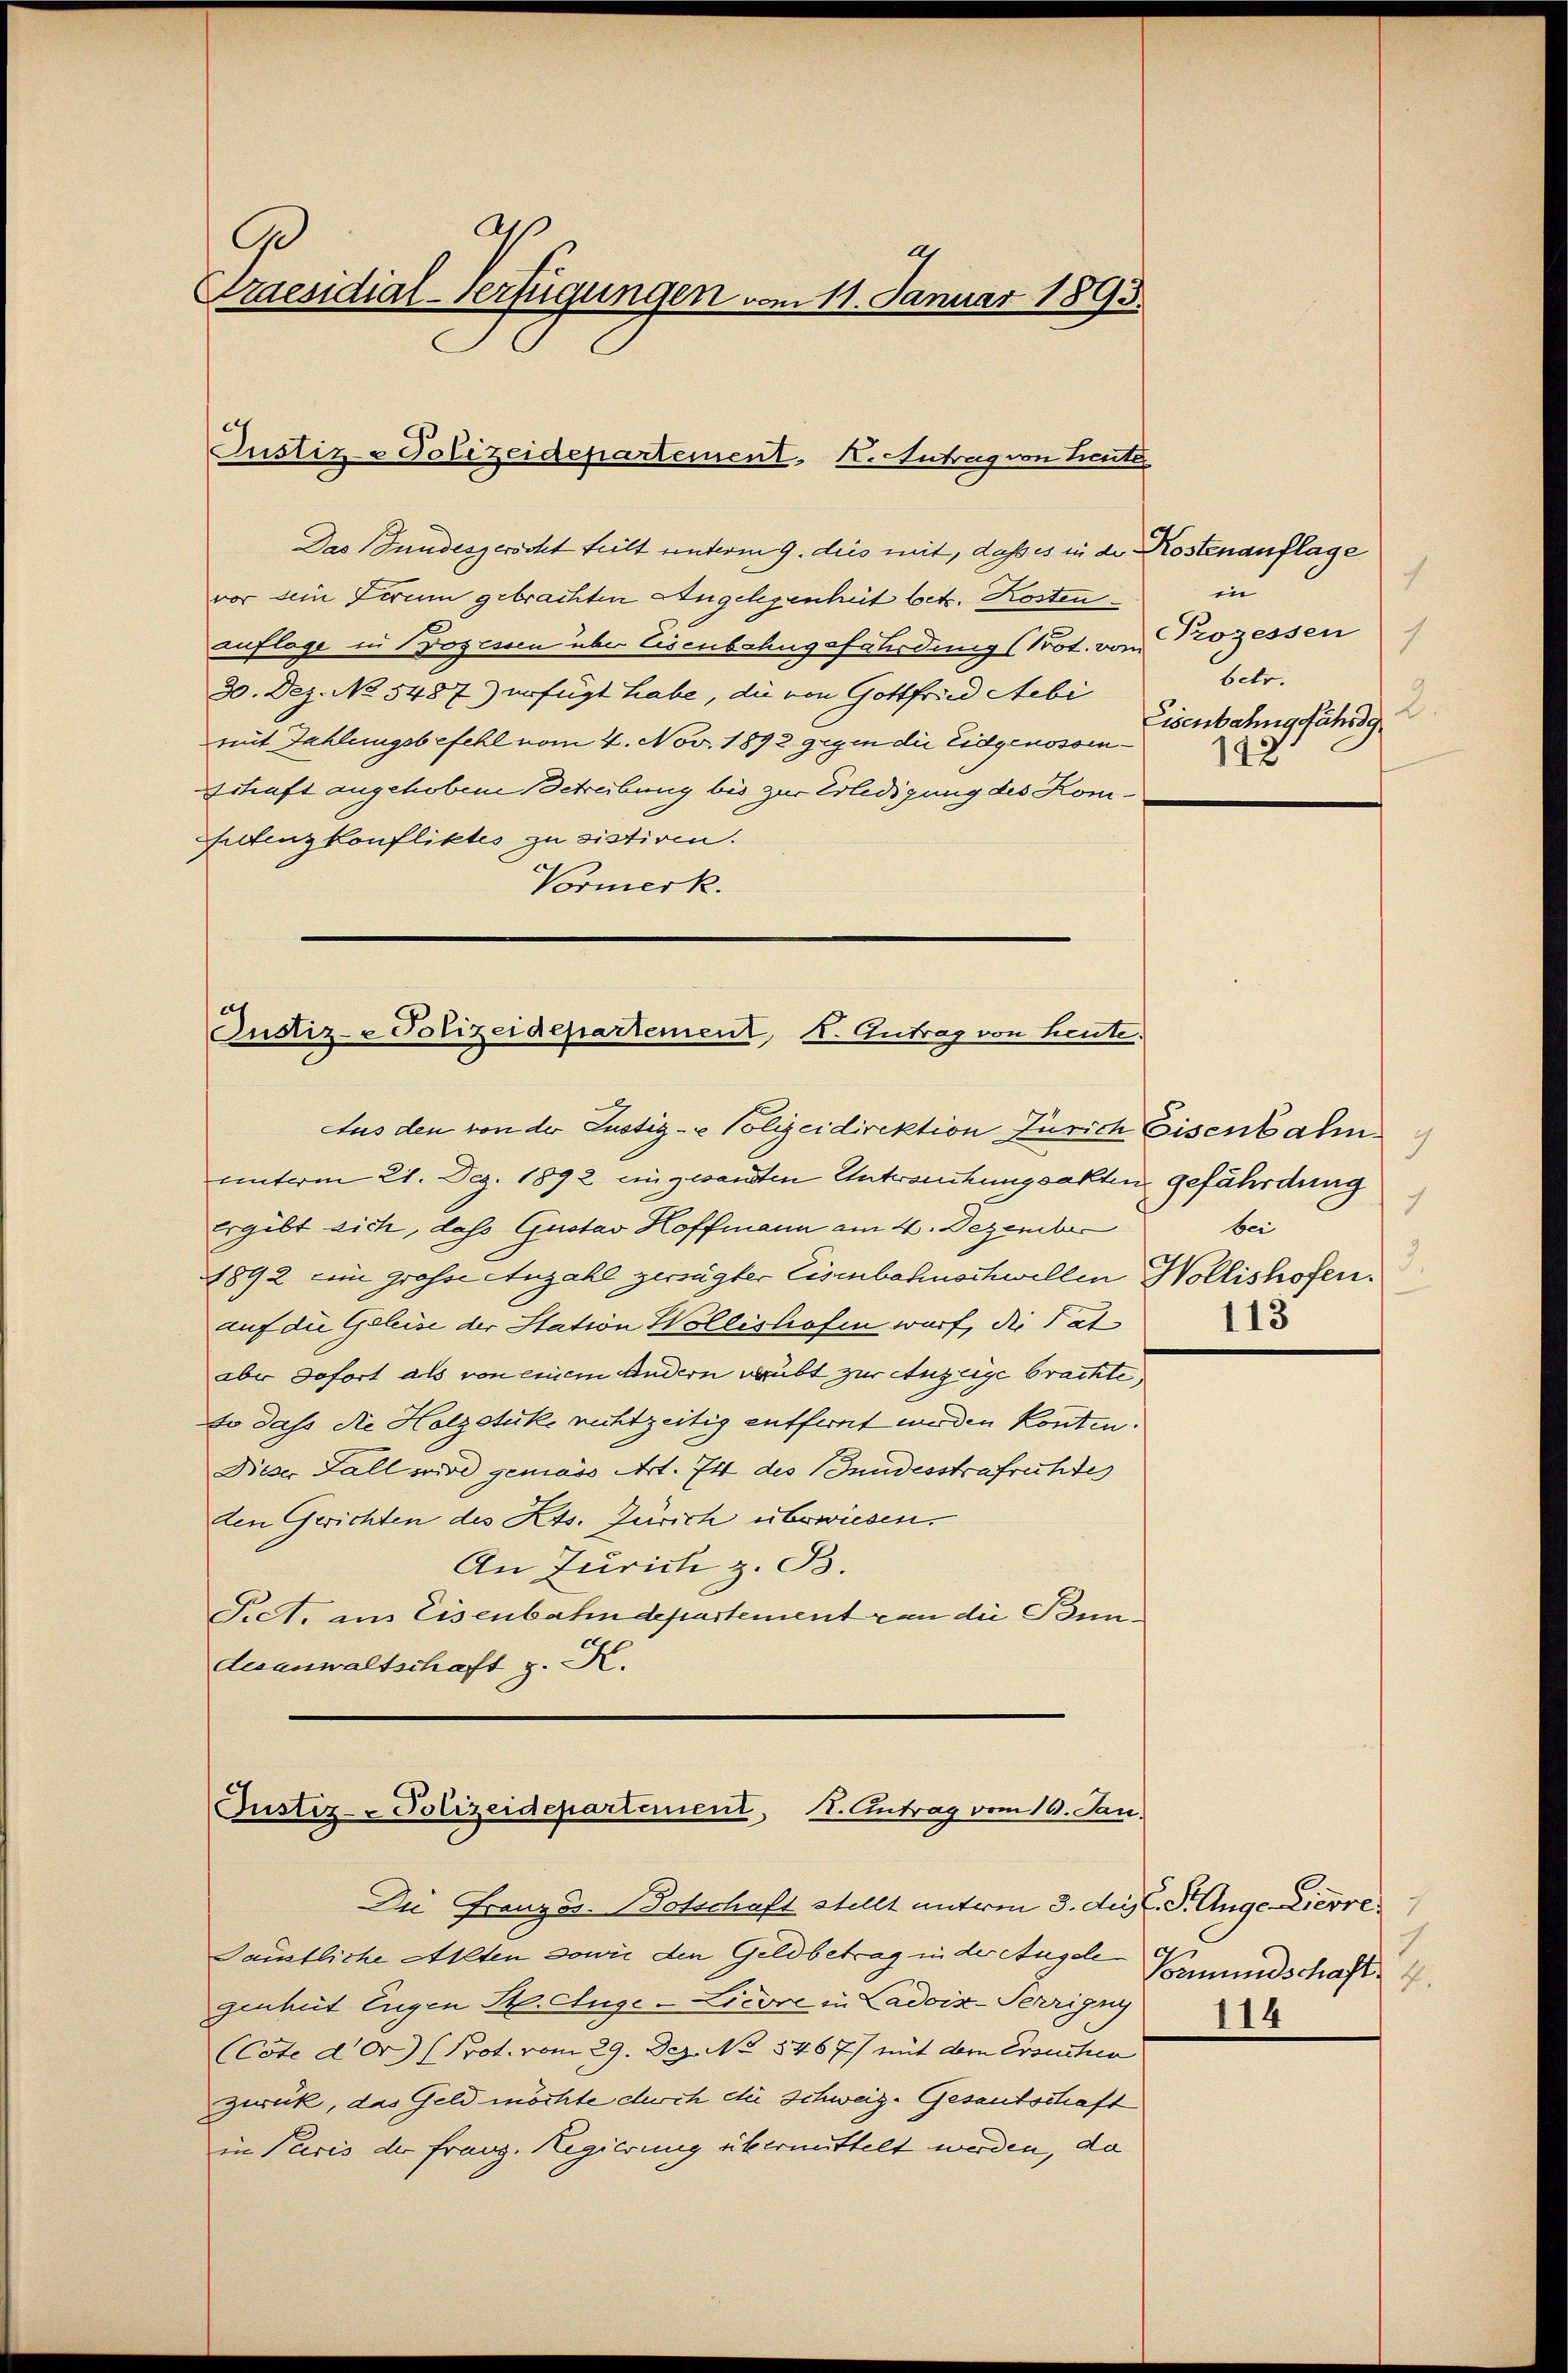
a
.
Praesidial-Verfügungen vom 11. Januar 1893.

Justiz-Polizeidepartement, K. Antrag von Leute

Das Bundesserscht teilt unterm 9. dies mit, daß es in der Kostenauflage
vor sein Firum gebrachten Angelegenheit betr. Kosten¬
Auflage zu Prozessen über Eisenbahngefährdung (Pot. vom
30. Dez. No 5487) erfügt habe, die von Gottfried debi
mit Zahlungsbefehl vom 4. Nov. 1892 gegen die Eidgenossengshaft angehobene Betreibung bis zur Erledigung des Kom¬
Petenzkonfliktes zu sistiren.
Vormerk.

Justiz-e Polizeidepartement, K. Gutrag von heute.
Aus den von der Justiz- & Polizeidirektion Zürich Eisenbahn

unterm 21. Dez. 1892 eingesandten Untersuchungsakten gefährdung
ergibt sich, das Gustav Hoffmann am 4. Dezember
1892 ein grosse Anzahl gerügter Eisenbahnschwellen Wollishofen.
auf die Geleise der Station Wollishofen warf, die Tat
aber sofort als von einem Andern verübt zur Anzeige brachte,
so dass die Holzstüke nichtzeitig entfernt werden könnten.
Dieser Fall wird gemäss Art. 74 des Bundesstrafruhte
den Gerichten des Kts. Zürich überwiesen.
An Zürich z. B.
Pict, an Eisenbahndepartement von die Bundesanwaltschaft z. K.

Justiz- Polizeidepartement, 1. Antrag vom 10. Jan.

Die Französ. Botschaft stellt unterm 3. Aug. S. Auge Zierre
Dämstliche Akten sowie den Geldbetrag in der Angele
genhüt Eugen St. Auge-Licore in Ladoix-Terrigny
(Cote der (Prot. vom 29. Dez. No 1467) mit dem Ersuchen
zwrück, das Geld möchte durch die Schweiz. Gesantschaft
in Paris der Franz. Regierung übermittelt werden, da

7
in
Prozessen
7
betr.
2.
Eisenbahng fährdg
142

9
1
bei
3.
113

7
1
Bamundschaft 4.
114